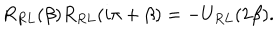
R _ { R L } ( \beta ) R _ { R L } ( i \pi + \beta ) = - U _ { R L } ( 2 \beta ) .